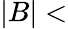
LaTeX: |B|<